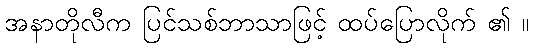
အနာတိုလီက ပြင်သစ်ဘာသာဖြင့် ထပ်ပြောလိုက် ၏ ။